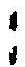
: